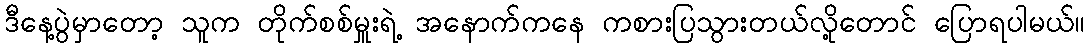
ဒီနေ့ပွဲမှာတော့ သူက တိုက်စစ်မှူးရဲ့ အနောက်ကနေ ကစားပြသွားတယ်လို့တောင် ပြောရပါမယ်။